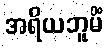
အရိယဘူမိံ